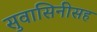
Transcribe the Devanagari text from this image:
सुवासिनीसह